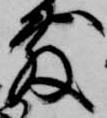
敷